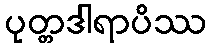
ပုတ္တဒါရာပိဿ